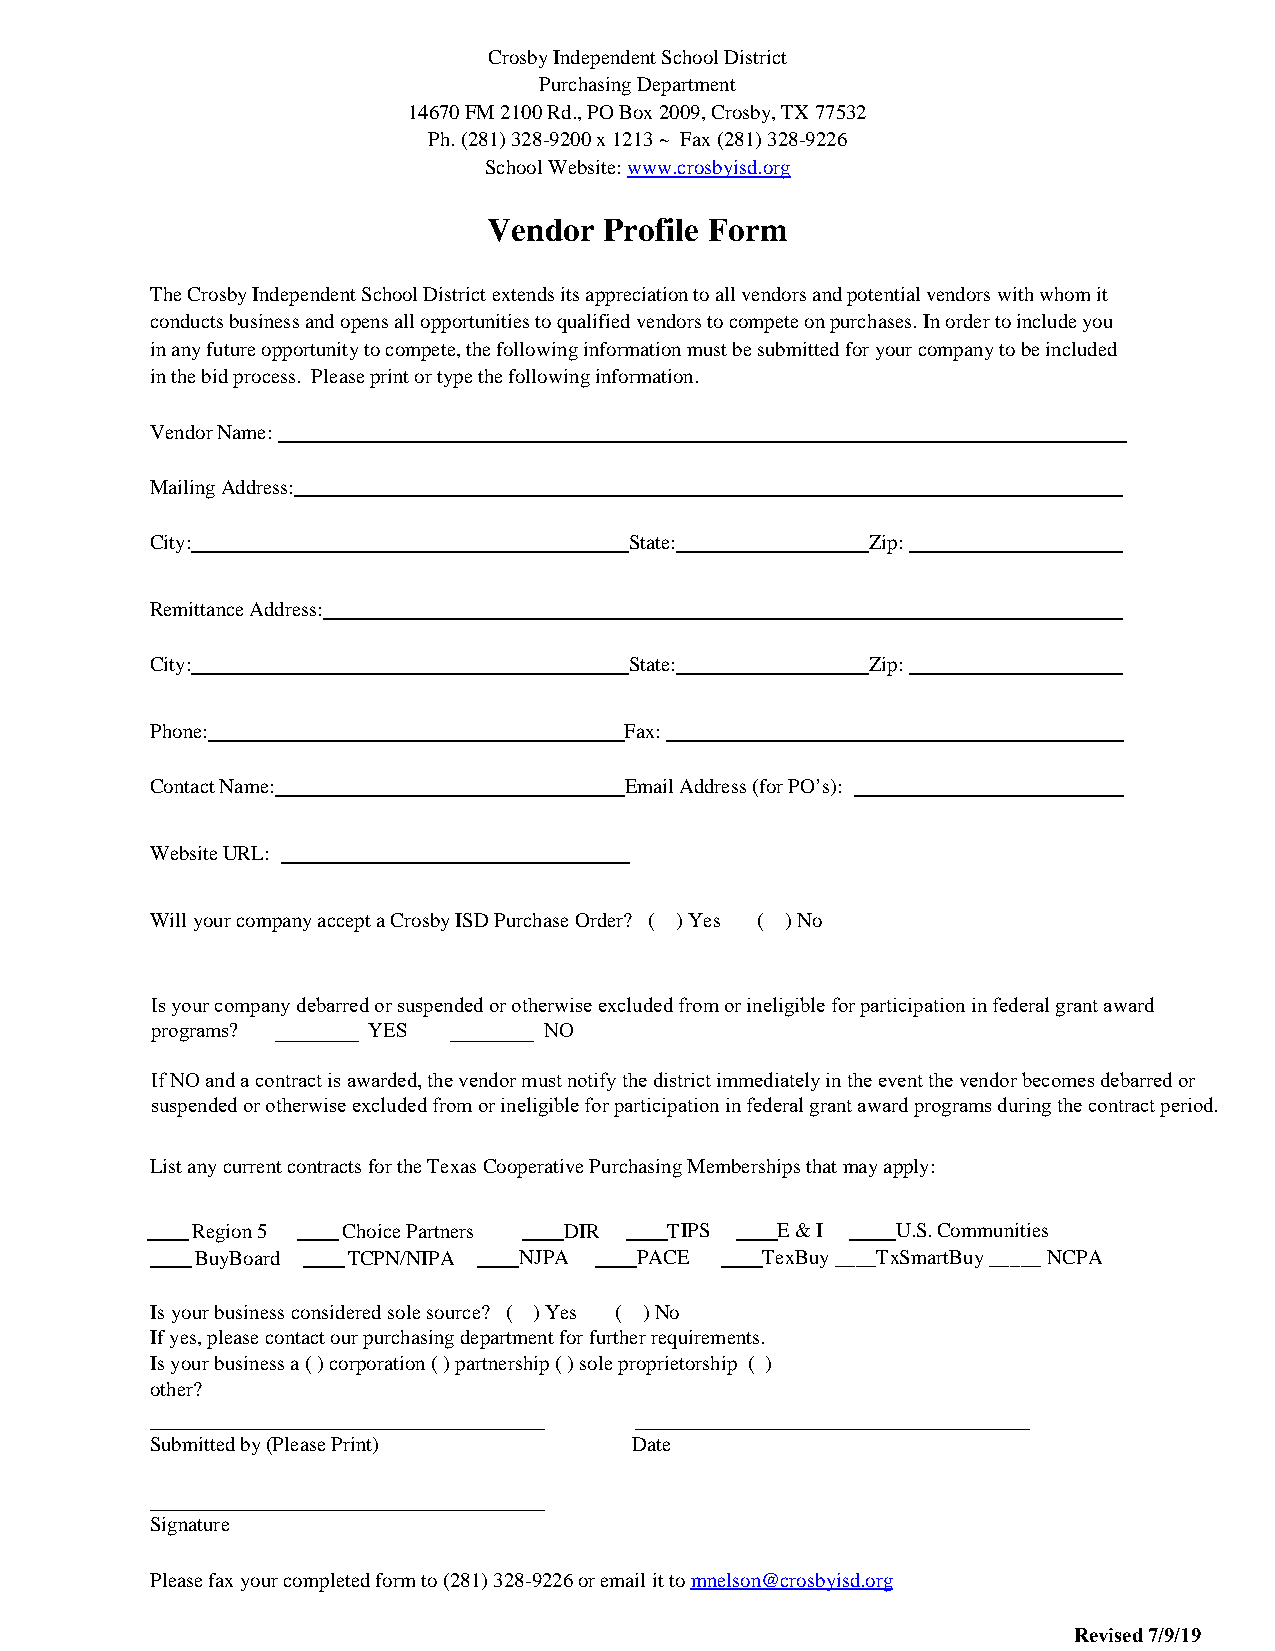
Crosby Independent School District
 Purchasing Department
 14670 FM 2100 Rd., PO Box 2009, Crosby, TX 77532
 Ph. (281) 328-9200 x 1213 ~ Fax (281) 328-9226
 School Website: www.crosbyisd.org
 Vendor  Profile Form
 The Crosby Independent School District extends its appreciation to all vendors and potential vendors with whom it
 conducts business and opens all opportunities to qualified vendors to compete on purchases. In order to include you
 in any future opportunity to compete, the following information must be submitted for your company to be included
 in the bid process. Please print or type the following information.
 Vendor Name:
 Mailing Address:
 City:                           State:          Zip:
 Remittance Address:
 City:                           State:          Zip:
 Phone:                         Fax:
 Contact Name:                  Email Address (for PO’s):
 Website URL:
 Will your company accept a Crosby ISD Purchase Order? ( ) Yes ( ) No
 Is your company debarred or suspended or otherwise excluded from or ineligible for participation in federal grant award
 programs? ________ YES ________ NO
 If NO and a contract is awarded, the vendor must notify the district immediately in the event the vendor becomes debarred or
 suspended or otherwise excluded from or ineligible for participation in federal grant award programs during the contract period.
 List any current contracts for the Texas Cooperative Purchasing Memberships that may apply:
 Region 5  Choice Partners DIR  TIPS   E & I   U.S. Communities
 BuyBoard  TCPN/NIPA  NJPA    PACE    TexBuy ____TxSmartBuy _____ NCPA
 Is your business considered sole source? ( ) Yes ( ) No
 If yes, please contact our purchasing department for further requirements.
 Is your business a ( ) corporation ( ) partnership ( ) sole proprietorship ( )
 other?
 Submitted by (Please Print)     Date
 Signature
 Please fax your completed form to (281) 328-9226 or email it to mnelson@crosbyisd.org
 Revised 7/9/19